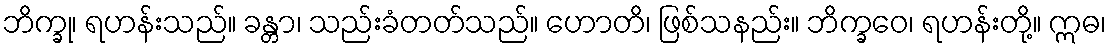
ဘိက္ခု၊ ရဟန်းသည်။ ခန္တာ၊ သည်းခံတတ်သည်။ ဟောတိ၊ ဖြစ်သနည်း။ ဘိက္ခဝေ၊ ရဟန်းတို့။ ဣဓ၊